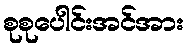
စုစုပေါင်းအင်အား